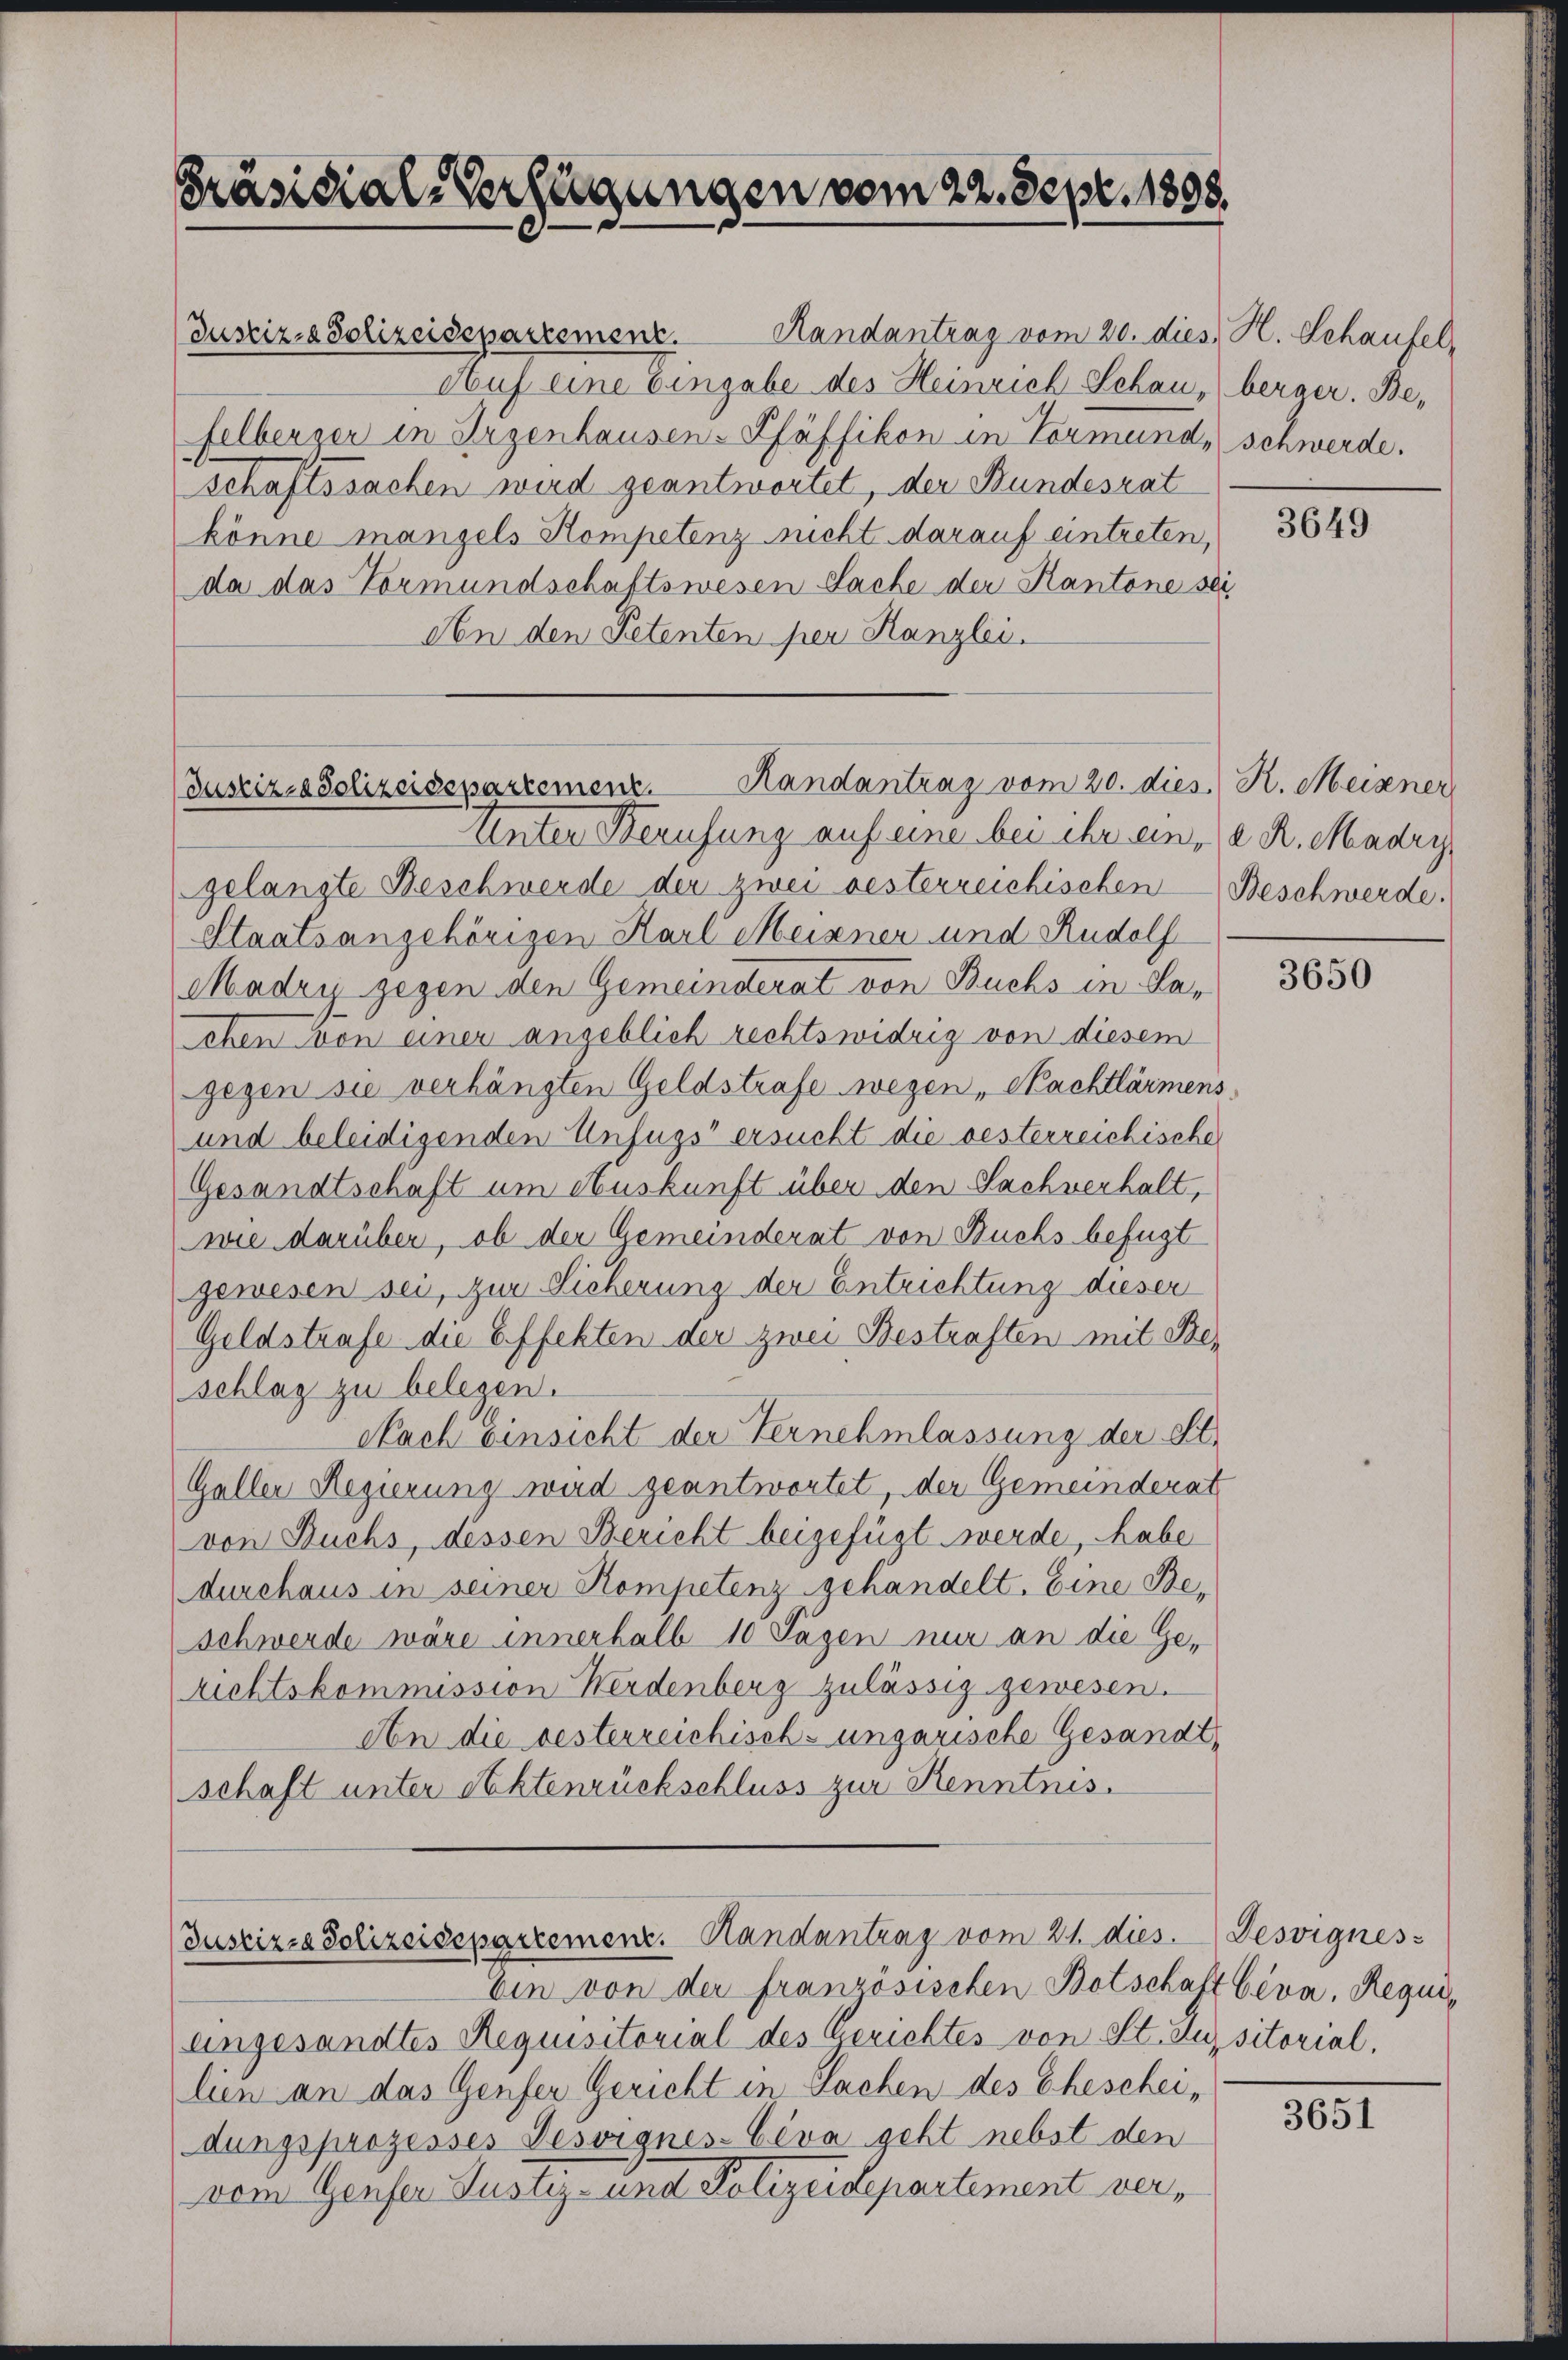
Präsidial-Verfügungen vom 22. Sept. 1898.

Randantrag vom 20. dies H. Schaufel,
Auf eine Eingabe des Heinrich Schau, berger. Befelberger in Ergenhausen-Pfäffikon in Vormund, schwerde.
schaftssachen wird geantwortet, der Bundesrat
könne mangels Kompetenz nicht darauf eintreten,
da das Vormundschaftswesen Sache der Kantone sei
An den Petenten per Kanzlei.

Justiz- & Polizeidepartement.

Justiz- & Polizeisepartemenz. Handantrag vom 20. dies. K. Meisener
Unter Berufung auf eine bei ihr ein, d. R. Madri

Justizia Polizeisepartement. Handantrag vom 21. dies. Desvignes

gelangte Beschwerde der zwei besterreichischen Beschwerde.
Staatsangehörigen Karl Meixner und Rudolf
Madry gegen den Gemeinderat von Buchs in Lachen von einer angeblich rechtswidrig von diesem
gegen sie verhängten Geldstrafe wegen „Nachtlärmens,
und beleidigenden Unfugs“ ersucht die oesterreichische
Gesandtschaft um Auskunft über den Sachverhalt,
wie darüber, ob der Gemeinderat von Buchs befugt
gewesen sei, zur Sicherung der Entrichtung dieser
Geldstrafe die Effekten der zwei Bestraften mit Beschlag zu belegen.
Nach Einsicht der Vernehmlassung der St.
Galler Regierung wird geantwortet, der Gemeinderat
von Buchs, dessen Bericht beigefügt werde, habe
durchaus in seiner Kompetenz gehandelt. Eine Be-
schwerde wäre innerhalb 10 Tagen nur an die Gerichtskommission Werdenberg zulässig gewesen.
An die besterreichisch-ungarische Gesandtschaft unter Aktenrückschluss zur Kenntnis.

bin von der französischen Botschaft beva, Requiengesandtes Requisitorial des Gerichtes von St. Luisitorial,
lien an das Genfer Gericht in Sachen des Ehescheidungsprozesses Desvignes- Céva geht nebst den
vom Genfer Justiz- und Polizeidepartement ver¬

3649

3650

3651